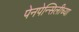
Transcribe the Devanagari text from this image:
पेनपेन्सिलीच्या